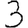
Digit: 3